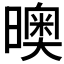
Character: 𣋉